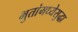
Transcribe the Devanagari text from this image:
भुतांमध्येसुद्धा